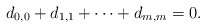
\begin{align*} d_{0,0}+d_{1,1}+\cdots+d_{m,m}=0.\end{align*}